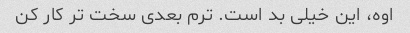
اوه، این خیلی بد است. ترم بعدی سخت تر کار کن